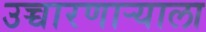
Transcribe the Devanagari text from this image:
उच्चारणाऱ्याला